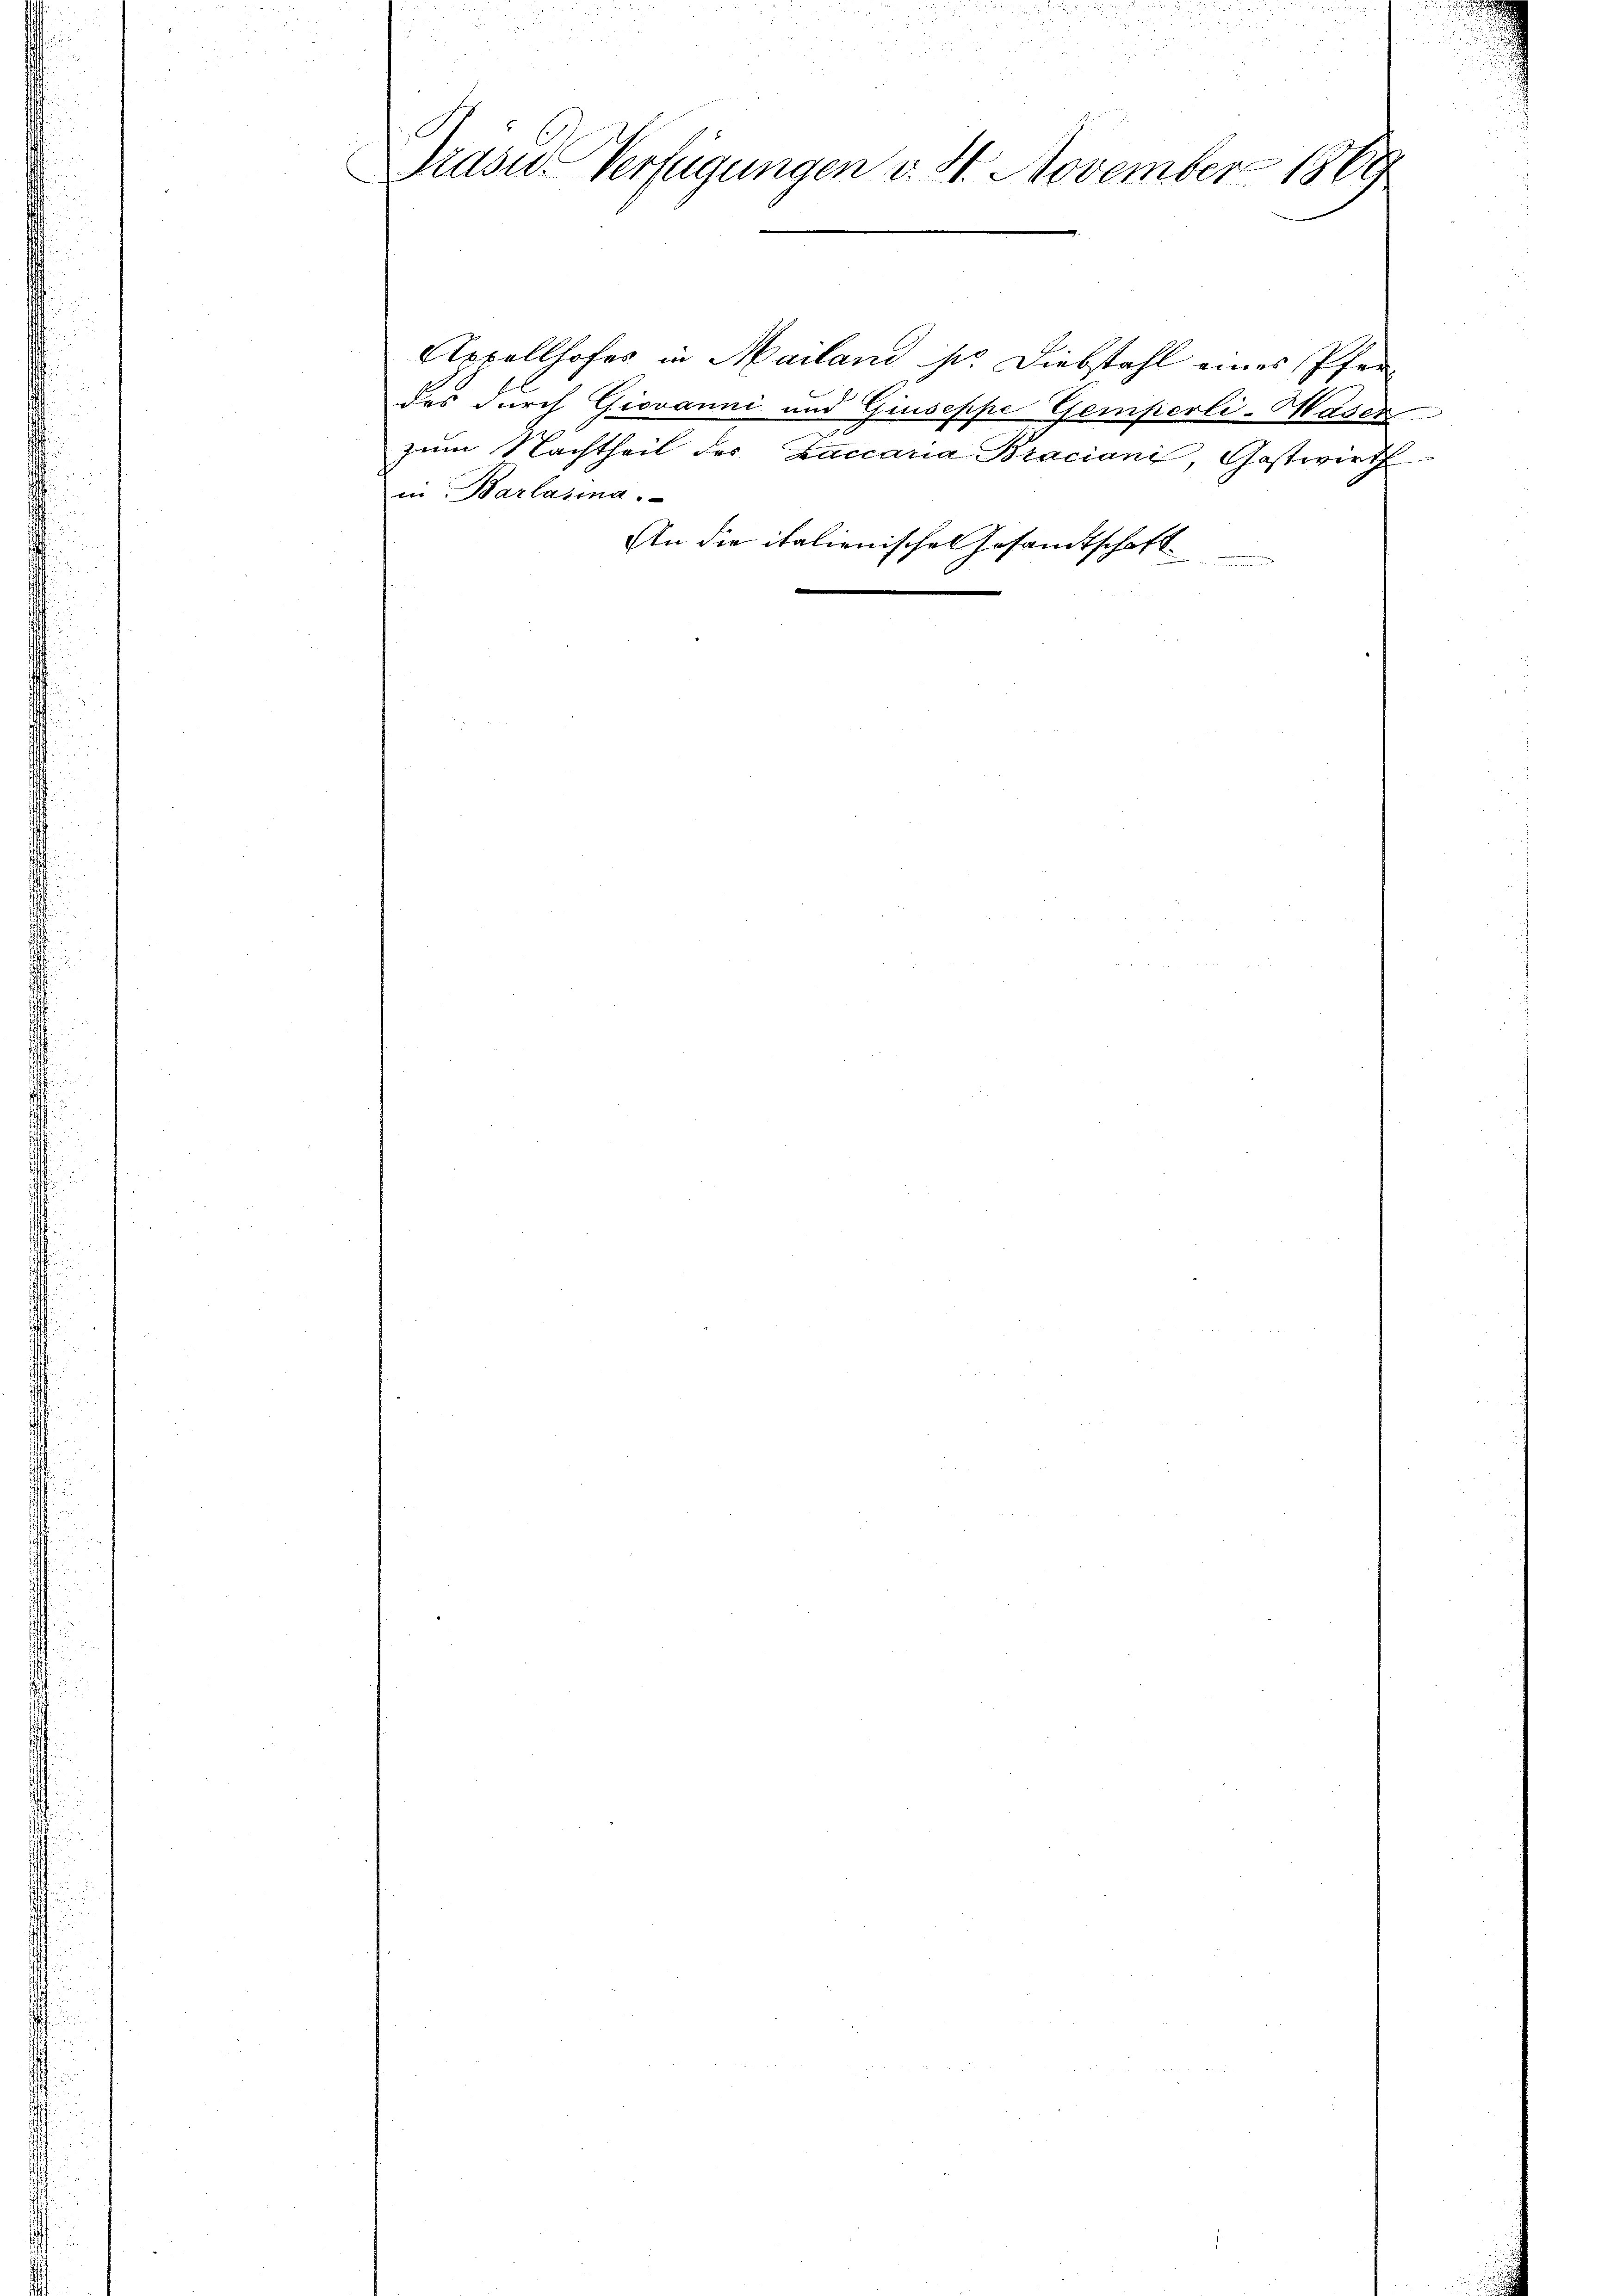
u
n
i
Drasu- Verfügungen v. 4. November 1869

Appellhofes in Mailand so Diebstahl eines Pferdes durch Giovanni und Giuseppe Gemperli-Waser
zum Nachtheil des Zaccaria Braciani, Gastwirth
in: Barlasina.
An die italienischen Gesandtschaft

d